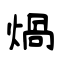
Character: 煱